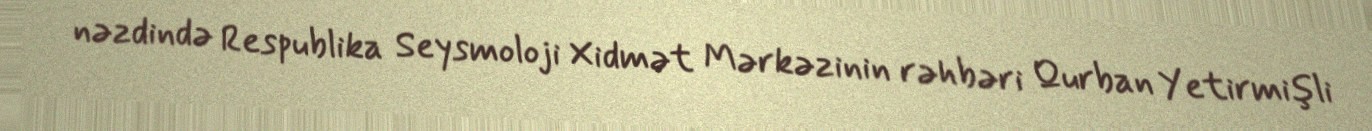
nəzdində Respublika Seysmoloji Xidmət Mərkəzinin rəhbəri Qurban Yetirmişli